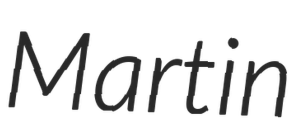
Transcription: Martin